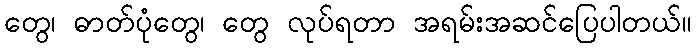
တွေ၊ ဓာတ်ပုံတွေ၊ တွေ လုပ်ရတာ အရမ်းအဆင်ပြေပါတယ်။